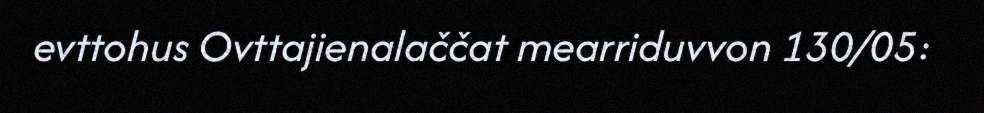
evttohus Ovttajienalaččat mearriduvvon 130/05: